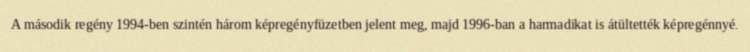
A második regény 1994-ben szintén három képregényfüzetben jelent meg, majd 1996-ban a harmadikat is átültették képregénnyé.